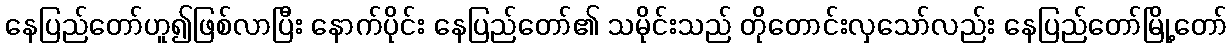
နေပြည်တော်ဟူ၍ဖြစ်လာပြီး နောက်ပိုင်း နေပြည်တော်၏ သမိုင်းသည် တိုတောင်းလှသော်လည်း နေပြည်တော်မြို့တော်